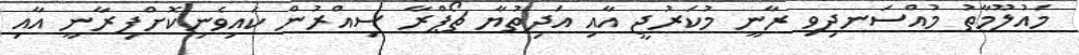
މައުލޫމާތު މުއްސަނދިވި ރާނީ މުކަރުޖީ އާއި އަދިތުޔާ ޗޯޕްރާ ސިއްރުން ކައިވެނިކޮށްފިރާނީ އާއި